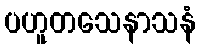
ပဟူတသေနာသနံ